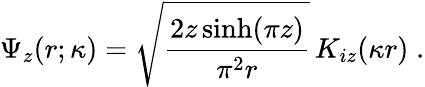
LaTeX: \Psi_{z}(r;\kappa)=\sqrt{\frac{2z\sinh(\pi z)}{\pi^{2}r}}\, K_{iz}(\kappa r)\; .